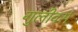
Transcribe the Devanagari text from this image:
गुलीवर्स